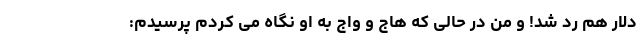
دلار هم رد شد! و من در حالی که هاج و واج به او نگاه می­ کردم پرسیدم: